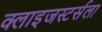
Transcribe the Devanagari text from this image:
क्लाइजस्टर्सला